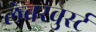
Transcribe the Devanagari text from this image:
लेबरवुर्स्ट